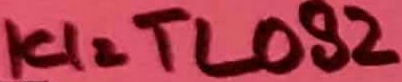
Text: ICI=TL082